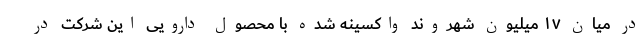
در میان ۱۷ میلیون شهروند واکسینه شده با محصول دارویی این شرکت در